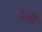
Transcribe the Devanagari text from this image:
ऊडी